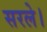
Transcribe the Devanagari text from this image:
सरले।